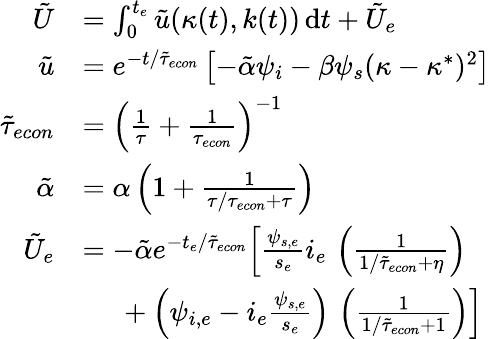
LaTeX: \begin{array}{rl}{\tilde{U}}&{=\int_{0}^{t_{e}}\tilde{u}(\kappa(t),k(t))\, \mathrm{d}t+\tilde{U}_{e}}\\ {\tilde{u}}&{=e^{-t/\tilde{\tau}_{econ}}\left[-\tilde{\alpha}\psi_{i}-\beta\psi_{s}(\kappa-\kappa^{*})^{2}\right]}\\ {\tilde{\tau}_{econ}}&{=\left(\frac{1}{\tau}+\frac{1}{\tau_{econ}}\right)^{-1}}\\ {\tilde{\alpha}}&{=\alpha\left(1+\frac{1}{\tau/{\tau_{econ}}+\tau}\right)}\\ {\tilde{U}_{e}}&{=-\tilde{\alpha}e^{-t_{e}/\tilde{\tau}_{econ}}\Big[\frac{\psi_{s,e}}{s_{e}}i_{e}\, \left(\frac{1}{1/\tilde{\tau}_{econ}+\eta}\right)}\\ &{\ \ \ \ \ +\left(\psi_{i,e}-i_{e}\frac{\psi_{s,e}}{s_{e}}\right)\, \left(\frac{1}{1/\tilde{\tau}_{econ}+1}\right)\Big]}\end{array}